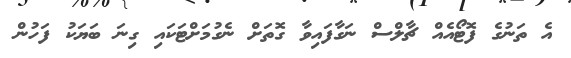
އެ ތަނުގެ ފޮޓޯއެއް ޗާލްސް ނަގާފައިވާ ގޮތަށް ނެގުމަށްޓަކައި ގިނަ ބަޔަކު ފަހުން